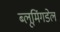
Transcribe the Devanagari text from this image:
ब्लूमिंगडेल